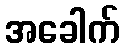
အခေါက်